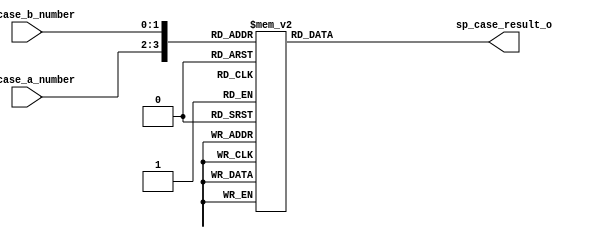
`timescale 1ns / 1ps
//////////////////////////////////////////////////////////////////////////////////
// Company: 	UPT
// 
// Design Name: 
// Module Name:    special_cases
// Project Name: 
// Target Devices: 
// Tool versions: 
// Description: Compute corresponding special cases (exceptions)
//				//do not take into consideration cases for which the operation generates a NaN or Infinity exception (with corresponding sign) when initial "special cases" are not such exceptions
// Dependencies:
// Revision: 
// Revision 0.01 - File Created
// Additional Comments: 
//
//////////////////////////////////////////////////////////////////////////////////
module special_cases		#(	parameter size_exception_field = 2'd2,
									parameter [size_exception_field - 1 : 0] zero 			= 0, //00
									parameter [size_exception_field - 1 : 0] normal_number	= 1, //01
									parameter [size_exception_field - 1 : 0] infinity		= 2, //10
									parameter [size_exception_field - 1 : 0] NaN			= 3) //11
								( 	input [size_exception_field - 1 : 0] sp_case_a_number,
									input [size_exception_field - 1 : 0] sp_case_b_number,
									output reg [size_exception_field - 1 : 0] sp_case_result_o); 
 
	always
		@(*)
	begin
		case ({sp_case_a_number, sp_case_b_number})
			{zero, zero}: 					sp_case_result_o = zero; 
			{zero, normal_number}: 			sp_case_result_o = normal_number;
			{zero, infinity}: 				sp_case_result_o = infinity;
			{zero, NaN}: 					sp_case_result_o = NaN;
 
			{normal_number,zero}:			sp_case_result_o = normal_number; 
			{normal_number,normal_number}:	sp_case_result_o = normal_number; 
			{normal_number,infinity}:		sp_case_result_o = infinity; 
			{normal_number,NaN}:			sp_case_result_o = NaN; 
 
			{infinity, zero}: 				sp_case_result_o = infinity; 
			{infinity, normal_number}: 		sp_case_result_o = infinity; 
			{infinity, infinity}: 			sp_case_result_o = infinity; 
			{infinity, NaN}: 				sp_case_result_o = NaN; 
 
			{NaN, zero}: 					sp_case_result_o = NaN; 
			{NaN, normal_number}: 			sp_case_result_o = NaN; 
			{NaN, infinity}: 				sp_case_result_o = NaN; 
			{NaN, NaN}: 					sp_case_result_o = NaN; 
			default:						sp_case_result_o = zero;
		endcase
	end
 
endmodule